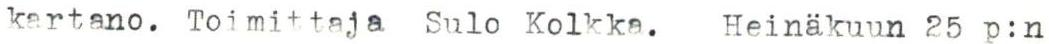
kartano. Toimittaja Sulo Kolkka.  Heinäkuun 25 p:n